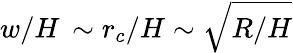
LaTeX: w/H\, \sim r_{c}/H\sim\sqrt{R/H}